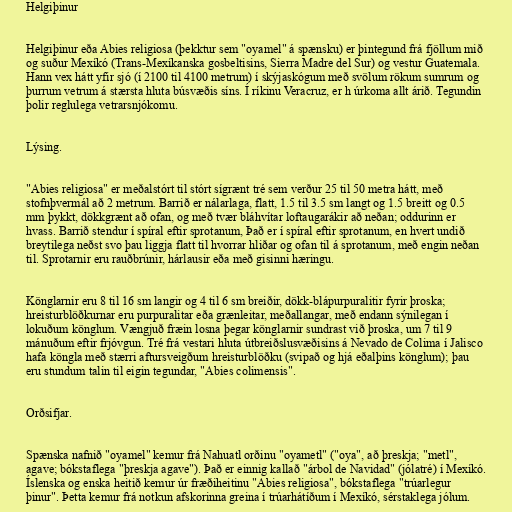
Helgiþinur

Helgiþinur eða Abies religiosa (þekktur sem "oyamel" á spænsku) er þintegund frá fjöllum mið
og suður Mexíkó (Trans-Mexíkanska gosbeltisins, Sierra Madre del Sur) og vestur Guatemala.
Hann vex hátt yfir sjó (í 2100 til 4100 metrum) í skýjaskógum með svölum rökum sumrum og
þurrum vetrum á stærsta hluta búsvæðis síns. Í ríkinu Veracruz, er h úrkoma allt árið. Tegundin
þolir reglulega vetrarsnjókomu.

Lýsing.

"Abies religiosa" er meðalstórt til stórt sígrænt tré sem verður 25 til 50 metra hátt, með
stofnþvermál að 2 metrum. Barrið er nálarlaga, flatt, 1.5 til 3.5 sm langt og 1.5 breitt og 0.5
mm þykkt, dökkgrænt að ofan, og með tvær bláhvítar loftaugarákir að neðan; oddurinn er
hvass. Barrið stendur í spíral eftir sprotanum, Það er í spíral eftir sprotanum, en hvert undið
breytilega neðst svo þau liggja flatt til hvorrar hliðar og ofan til á sprotanum, með engin neðan
til. Sprotarnir eru rauðbrúnir, hárlausir eða með gisinni hæringu.

Könglarnir eru 8 til 16 sm langir og 4 til 6 sm breiðir, dökk-blápurpuralitir fyrir þroska;
hreisturblöðkurnar eru purpuralitar eða grænleitar, meðallangar, með endann sýnilegan í
lokuðum könglum. Vængjuð fræin losna þegar könglarnir sundrast við þroska, um 7 til 9
mánuðum eftir frjóvgun. Tré frá vestari hluta útbreiðslusvæðisins á Nevado de Colima í Jalisco
hafa köngla með stærri aftursveigðum hreisturblöðku (svipað og hjá eðalþins könglum); þau
eru stundum talin til eigin tegundar, "Abies colimensis".

Orðsifjar.

Spænska nafnið "oyamel" kemur frá Nahuatl orðinu "oyametl" ("oya", að þreskja; "metl",
agave; bókstaflega "þreskja agave"). Það er einnig kallað "árbol de Navidad" (jólatré) í Mexíkó.
Íslenska og enska heitið kemur úr fræðiheitinu "Abies religiosa", bókstaflega "trúarlegur
þinur". Þetta kemur frá notkun afskorinna greina í trúarhátíðum í Mexíkó, sérstaklega jólum.